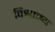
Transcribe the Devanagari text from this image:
विश्राम्य